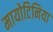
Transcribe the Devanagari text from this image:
मायोटिनिया